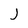
Character: j